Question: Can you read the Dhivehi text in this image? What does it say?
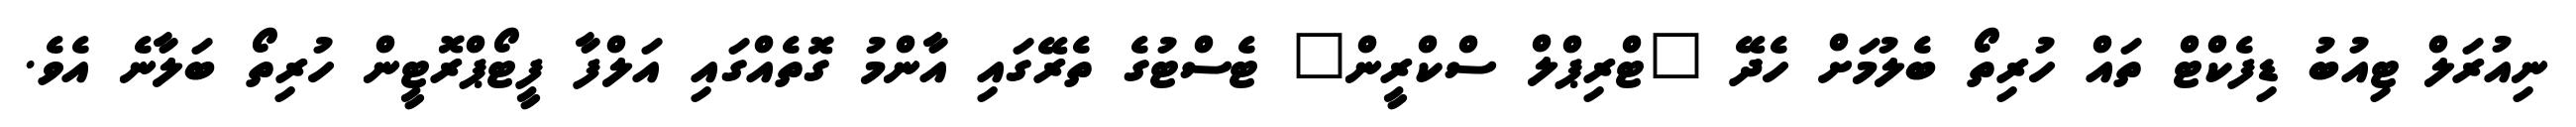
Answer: ނިއުރަލް ޓިއުބު ޑިފެކްޓް ތައް ހުރިތޯ ބެލުމަށް ހެދޭ "ޓްރިޕްލް ސްކްރީން" ޓެސްޓުގެ ތެރޭގައި އާންމު ގޮތެއްގައި އަލްފާ ފީޓޯޕްރޮޓީން ހުރިތޯ ބަލާނެ އެވެ.